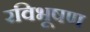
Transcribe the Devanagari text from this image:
रविभूषण